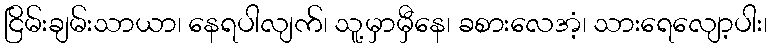
ငြိမ်းချမ်းသာယာ၊ နေရပါလျက်၊ သူ့မှာမှီနေ၊ ခစားလေအံ့၊ သားရေလျော့ပါး၊